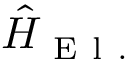
\hat { H } _ { \mathrm { ~ E ~ l ~ . ~ } }